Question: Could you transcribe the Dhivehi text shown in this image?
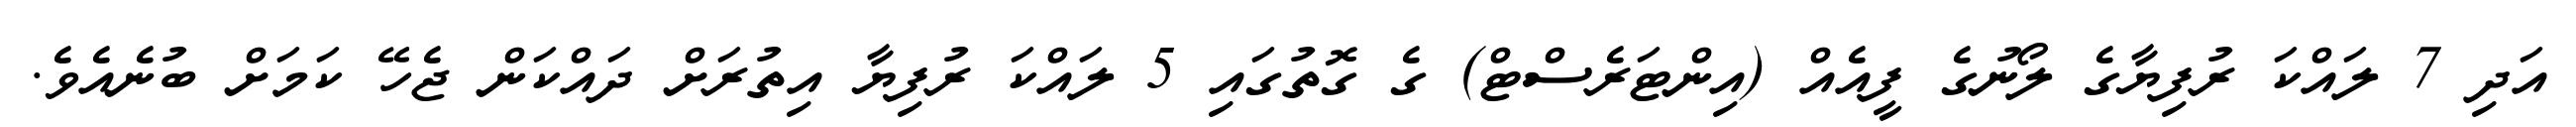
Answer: އަދި 7 ލައްކަ ރުފިޔާގެ ލޯނުގެ ފީއެއް (އިންޓަރެސްޓް) ގެ ގޮތުގައި 5 ލައްކަ ރުފިޔާ އިތުރަށް ދައްކަން ޖެހޭ ކަމަށް ބުނެއެވެ.